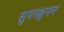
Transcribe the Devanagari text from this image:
सुपरह्युमन